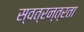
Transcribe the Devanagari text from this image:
स्वत्रन्त्रता